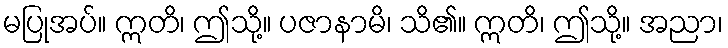
မပြုအပ်။ ဣတိ၊ ဤသို့။ ပဇာနာမိ၊ သိ၏။ ဣတိ၊ ဤသို့။ အညာ၊